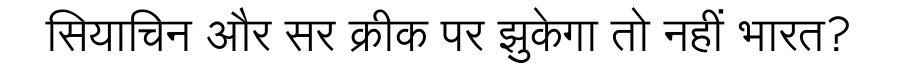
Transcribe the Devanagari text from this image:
सियाचिन और सर क्रीक पर झुकेगा तो नहीं भारत?